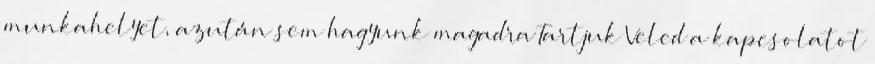
munkahelyet, azután sem hagyunk magadra Tartjuk Veled a kapcsolatot